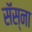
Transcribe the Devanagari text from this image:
सॅस्ना